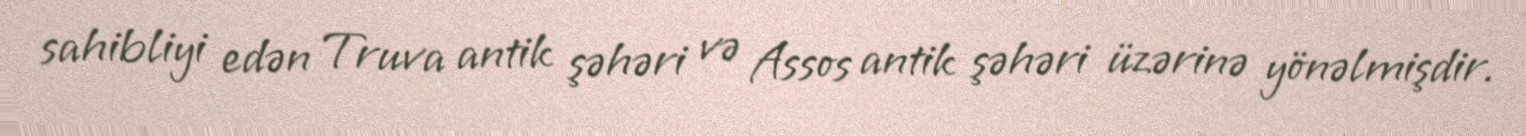
sahibliyi edən Truva antik şəhəri və Assos antik şəhəri üzərinə yönəlmişdir.